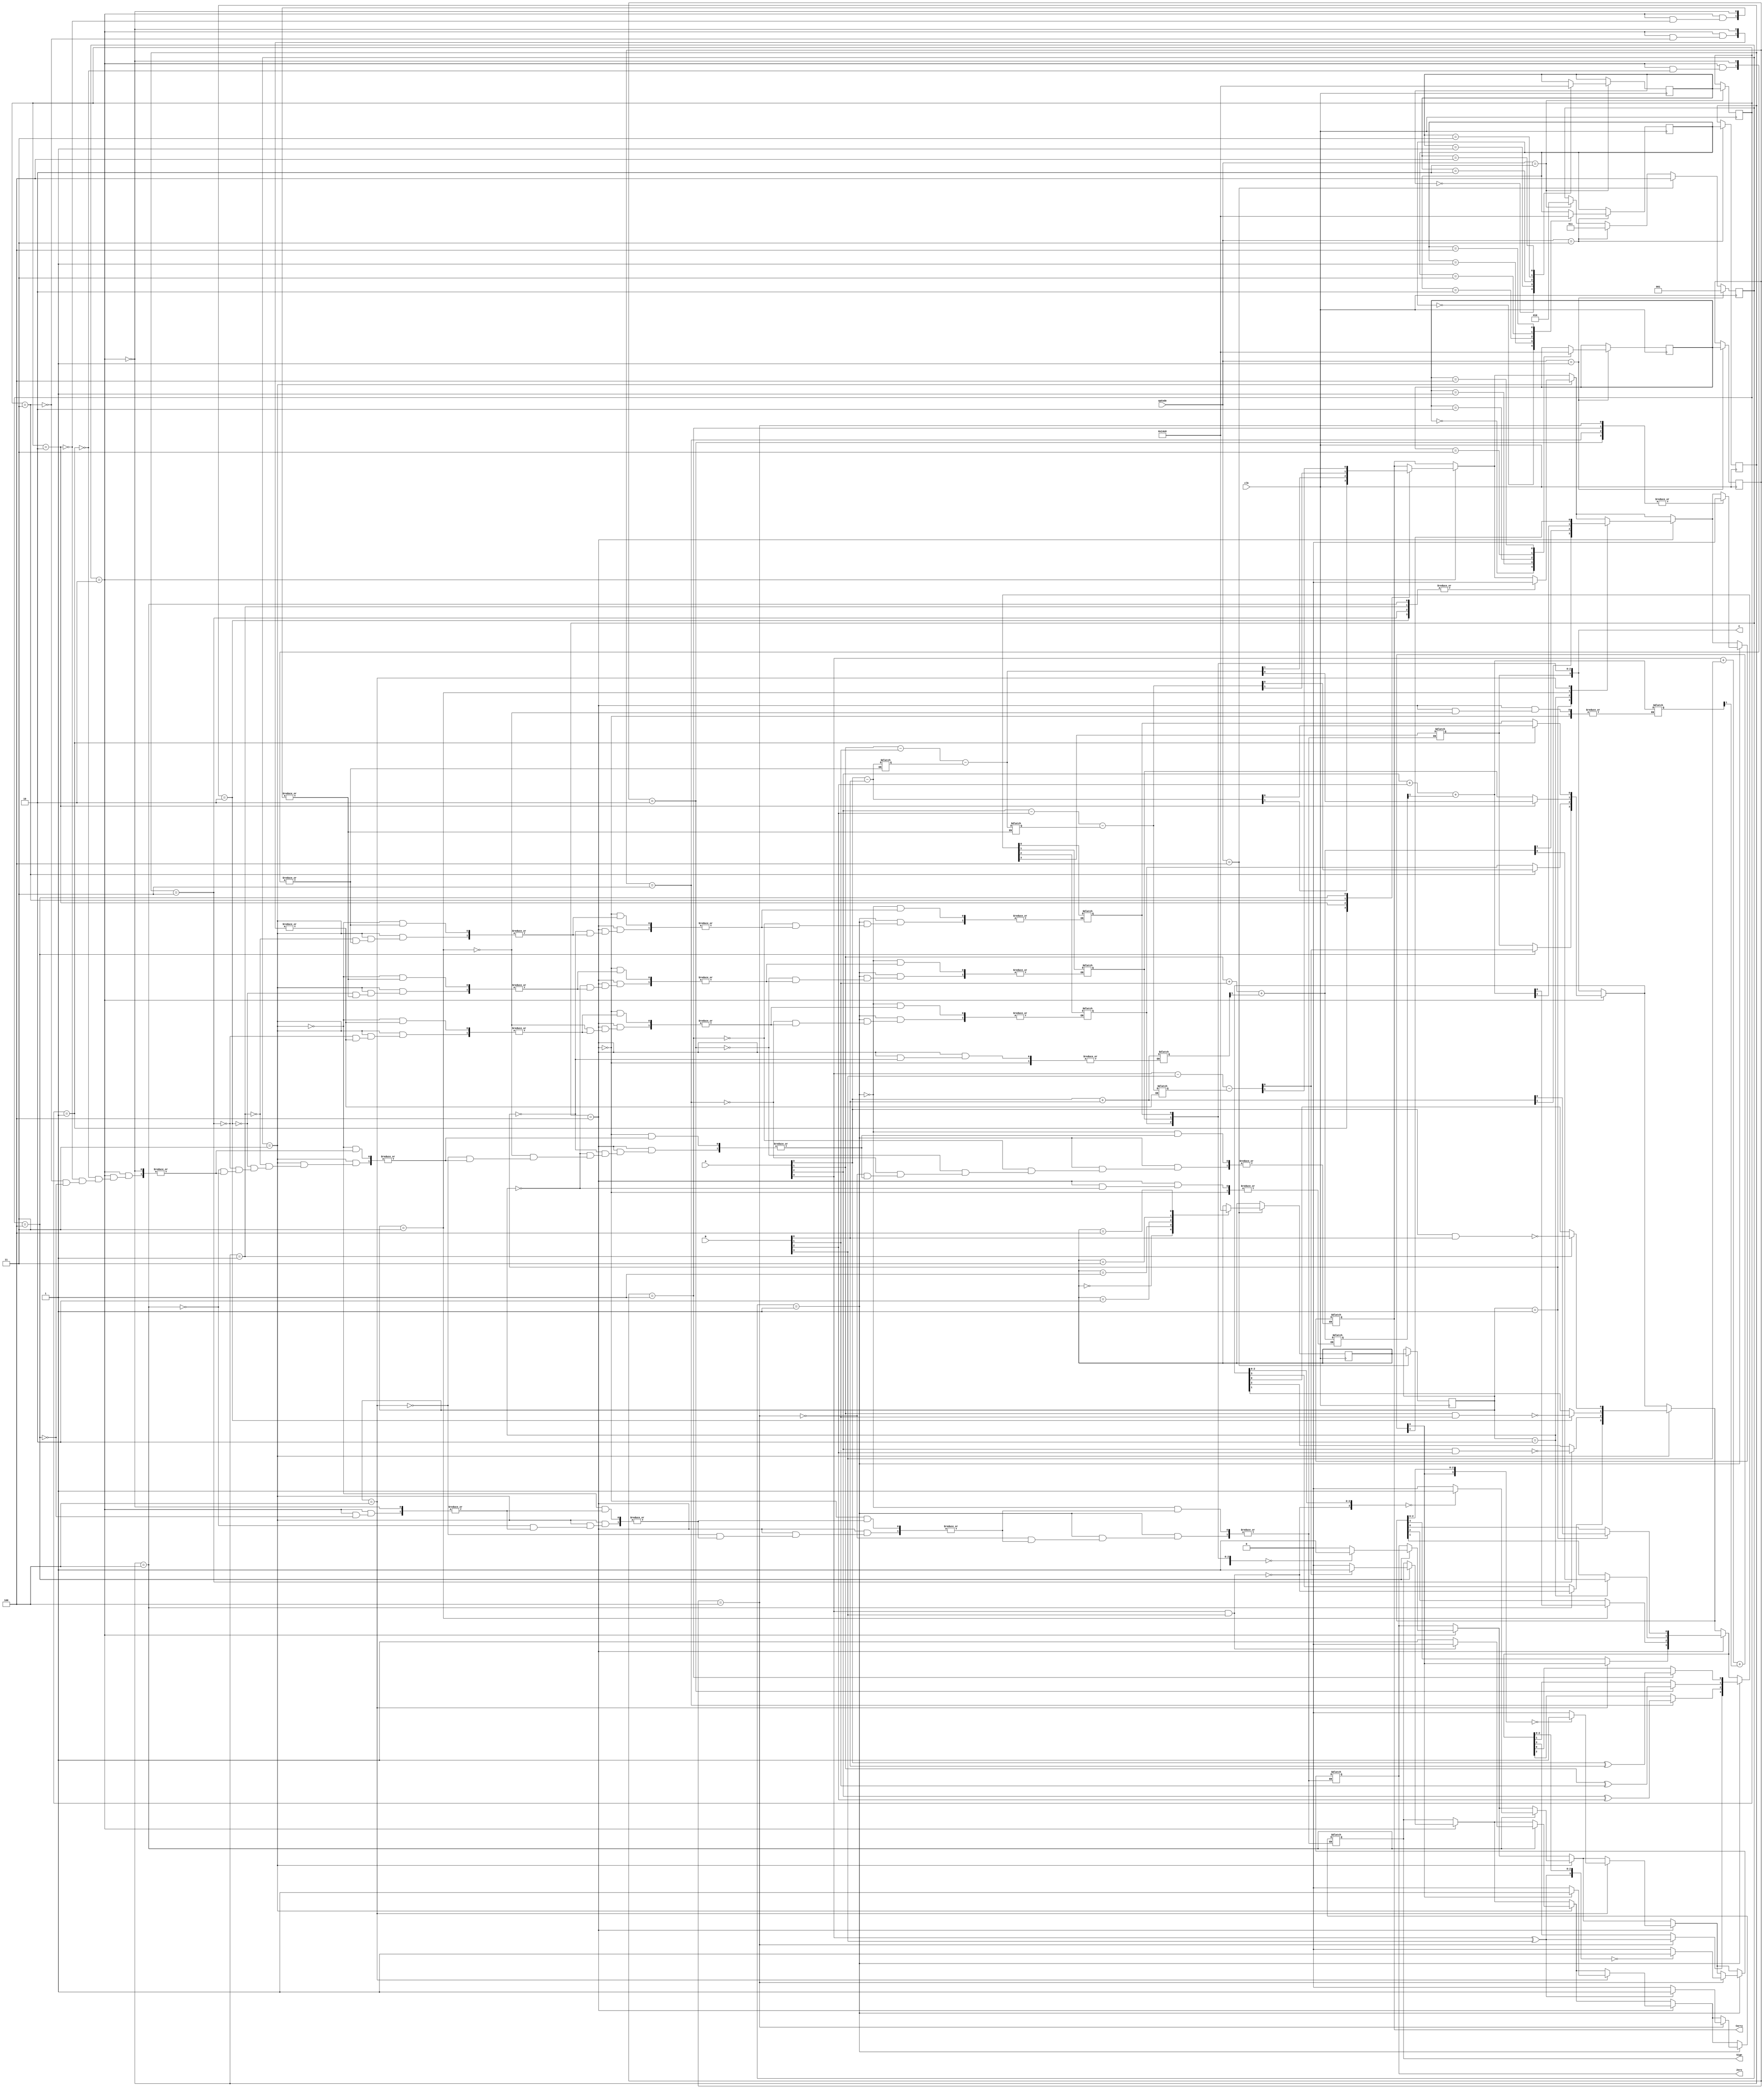
module projectv2( A,B,opCode,clk,C,Carry,Sign,Zero);
    input clk;
    input [3:0] A,B;
   input [2:0] opCode;
   reg [1:0] tmp,tmp2,tmp3,tmp4;
    reg [1:0] temp,temp2,temp3,temp4;
   output reg [3:0] C;
   output reg Carry,Sign,Zero;
    parameter do_reset = 3'b000, do_x_or = 3'b001, do_sub=3'b010, do_nand=3'b011, do_add=3'b100;
    reg[2:0] current_state,sub_state,sub_next_state,sub_current_state;
    parameter sub2_S0 = 3'b000, sub2_S1 = 3'b001, sub2_S2=3'b010, sub2_S3=3'b011, sub2_S4=3'b100;

    reg[2:0] nand_next_state,nand_current_state;
	parameter nand2_S0 = 3'b000, nand2_S1 = 3'b001, nand2_S2=3'b010, nand2_S3=3'b011, nand2_S4=3'b100;

	reg[2:0] add_next_state,add_current_state;
	parameter add2_S0 = 3'b000, add2_S1 = 3'b001, add2_S2=3'b010, add2_S3=3'b011, add2_S4=3'b100;

	reg[2:0] x_or_next_state,x_or_current_state;
	parameter x_or2_S0 = 3'b000, x_or2_S1 = 3'b001, x_or2_S2=3'b010, x_or2_S3=3'b011, x_or2_S4=3'b100;

always @(posedge clk)
	begin
	//Sub_Start
		if (opCode == do_sub)
		begin
			current_state = do_sub;
			sub_current_state = sub_next_state;
			case(sub_current_state)
				sub2_S0: sub_next_state = sub2_S1;
				sub2_S1: sub_next_state = sub2_S2;
				sub2_S2: sub_next_state = sub2_S3;
				sub2_S3: sub_next_state = sub2_S4;
				sub2_S4: sub_next_state = sub2_S0;
			endcase
		end

		if (opCode == do_nand)
				begin
					current_state = do_nand;
					nand_current_state = nand_next_state;
					case(nand_current_state)
						nand2_S0: nand_next_state = nand2_S1;
						nand2_S1: nand_next_state = nand2_S2;
						nand2_S2: nand_next_state = nand2_S3;
						nand2_S3: nand_next_state = nand2_S4;
						nand2_S4: nand_next_state = nand2_S0;
					endcase
				end
			if (opCode == do_add)
				begin
					current_state = do_add;
					add_current_state = add_next_state;
					case(add_current_state)
						add2_S0: add_next_state = add2_S1;
						add2_S1: add_next_state = add2_S2;
						add2_S2: add_next_state = add2_S3;
						add2_S3: add_next_state = add2_S4;
						add2_S4: add_next_state = add2_S0;
					endcase
				end
			if (opCode == do_x_or)
				begin
					current_state = do_x_or;
					x_or_current_state = x_or_next_state;
					case(x_or_current_state)
						x_or2_S0: x_or_next_state = x_or2_S1;
						x_or2_S1: x_or_next_state = x_or2_S2;
						x_or2_S2: x_or_next_state = x_or2_S3;
						x_or2_S3: x_or_next_state = x_or2_S4;
						x_or2_S4: x_or_next_state = x_or2_S0;
					endcase
				end



	end


//Output logic based on states (Bitwise AND operartion)
always @(current_state)
    begin
		if(current_state == do_sub)
			case(sub_current_state)
				//and2_S0: C = 0;
				sub2_S1:
				begin
					temp = A[0] - B[0];
					C[0]=temp[0];
					Carry = temp[1];
				end
				sub2_S2:
				begin
					temp2=A[1] - B[1] - temp;
					C[1]=temp2[0];
					Carry = temp2[1];
				end
				sub2_S3:
				begin
					temp3=A[2] - B[2] - temp2;
					C[2]=temp3[0];
					Carry = temp3[1];
				end
				sub2_S4:
				begin
					temp4=A[3] - B[3] - temp3;
					C[3]=temp4[0];
					Carry = temp4[1];
					Zero = C == 0?1:0;
					Sign = C[3] == 0?0:1;
				end
			endcase
		if(current_state == do_nand)
			case(nand_current_state)
				//and2_S0: C = 0;
				nand2_S1:
				begin
					C[0]=~(A[0] & B[0]);
					Carry = 0;
				end
                nand2_S2:
				begin
					C[1]=~(A[1] & B[1]);
					Carry = 0;
				end
                nand2_S3:
				begin
					C[2]=~(A[2] & B[2]);
					Carry = 0;
				end
                nand2_S4:
                begin
					C[3]=~(A[3] & B[3]);
					Carry = 0;
					Zero = C == 0?1:0;
					Sign = C[3] == 0?0:1;
				end
			endcase

		if(current_state == do_add)
			case(add_current_state)
				//and2_S0: C = 0;
				add2_S1:
				begin
					tmp = (A[0] + B[0]);
					C[0]=tmp[0];
					Carry = tmp[1];
				end
			    add2_S2:
			    begin
					tmp2 = (A[1] + B[1] + tmp[1]);
					C[1]=tmp2[0];
					Carry = tmp2[1];
				end
			    add2_S3:
			    begin
					tmp3 = (A[2] + B[2] + tmp2[1]);
					C[2]=tmp3[0];
					Carry = tmp3[1];
					end
			    add2_S4:
				begin
					tmp4 = (A[3] + B[3] + tmp3[1]);
					C[3]=tmp4[0];
					Carry = tmp4[1];
					Zero = C == 0?1:0;
					Sign = C[3] == 0?0:1;
				end
			endcase

		if(current_state == do_x_or)
			case(x_or_current_state)
				//and2_S0: C = 0;
				x_or2_S1:
				begin
					C[0]=(A[0] ^ B[0]);
					Carry = 0;
				end
                x_or2_S2:
                begin
					C[1]=(A[1] ^ B[1]);
					Carry = 0;
				end
                x_or2_S3:
                begin
					C[2]=(A[2] ^ B[2]);
					Carry = 0;
				end
                x_or2_S4:
				begin
					C[3]=(A[3] ^ B[3]);
					Carry = 0;
					Zero = C == 0?1:0;
					Sign = C[3] == 0?0:1;
				end
			endcase
	end



endmodule